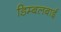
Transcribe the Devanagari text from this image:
डिम्बलबाई